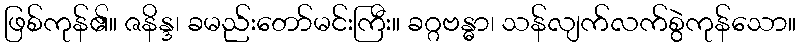
ဖြစ်ကုန်၏။ ဇနိန္ဒ၊ ခမည်းတော်မင်းကြီး။ ခဂ္ဂဗန္ဓာ၊ သန်လျက်လက်စွဲကုန်သော။